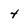
Character: 4